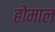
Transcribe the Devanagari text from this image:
होमाल